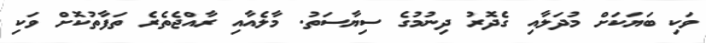
ވަކި ބަޔަކަށް މުދަލާއި ގެދޮރު ދިނުމުގެ ސިޔާސަތު. މާލެއާއި ރާއްޖެތެރެ ތަފާތުކޮށް ވަކި